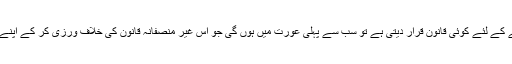
اگر حکومت پردے کو لازمی قرار دینے کے لئے کوئی قانون قرار دیتی ہے تو سب سے پہلی عورت میں ہوں گی جو اس غیر منصفانہ قانون کی خلاف ورزی کر کے اپنے آپکو گرفتاری کے لئے پیش کروں گی۔